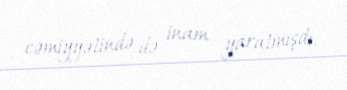
cəmiyyətində də inam yaratmışdı.